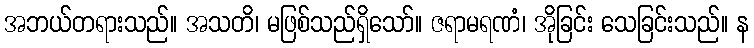
အဘယ်တရားသည်။ အသတိ၊ မဖြစ်သည်ရှိသော်။ ဇရာမရဏံ၊ အိုခြင်း သေခြင်းသည်။ န